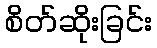
စိတ်ဆိုးခြင်း